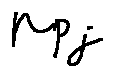
\mu _ { p j }